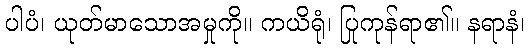
ပါပံ၊ ယုတ်မာသောအမှုကို။ ကယိရုံ၊ ပြုကုန်ရာ၏။ နရာနံ၊